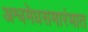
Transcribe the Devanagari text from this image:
अश्वमेधसमारंभात